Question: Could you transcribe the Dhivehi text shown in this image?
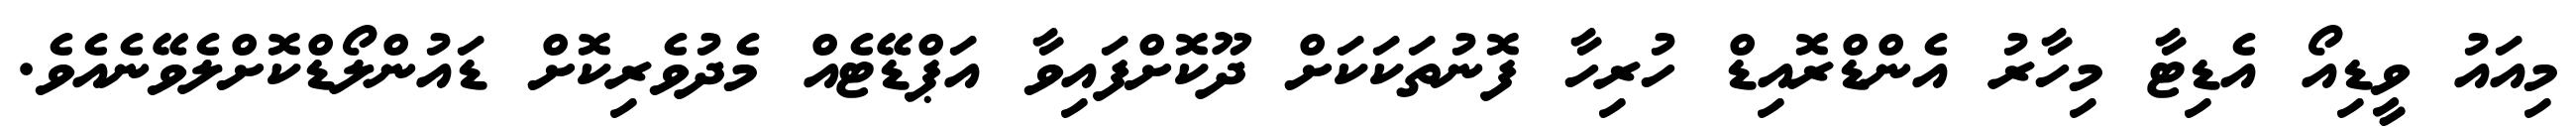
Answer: މިއައު ވީޑިއޯ އެޑިޓާ މިހާރު އެންޑްރޮއިޑް ހުރިހާ ފޮނުތަކަކަށް ދޫކޮށްފައިވާ އަޕްޑޭޓެއް މެދުވެރިކޮށް ޑައުންލޯޑްކޮށްލެވޭނެއެވެ.